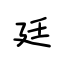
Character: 廷